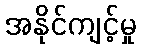
အနိုင်ကျင့်မှု